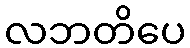
လဘတိပေ